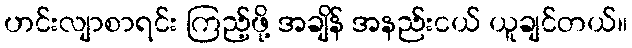
ဟင်းလျာစာရင်း ကြည့်ဖို့ အချိန် အနည်းငယ် ယူချင်တယ်။